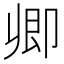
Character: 𠨞